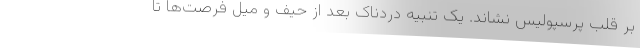
بر قلب پرسپولیس نشاند. یک تنبیه دردناک بعد از حیف و میل فرصت‌ها تا